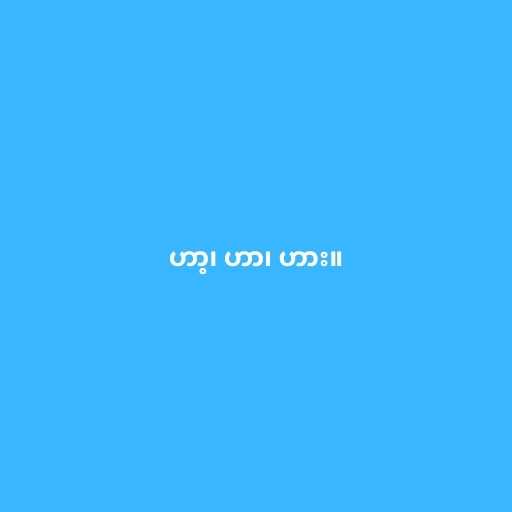
ဟာ့၊ ဟာ၊ ဟား။